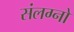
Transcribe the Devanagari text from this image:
संलग्नो